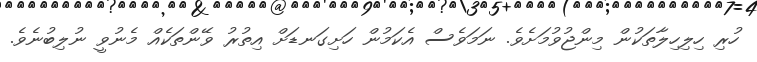
ހުރި ހިލިހިލާތަކުން މިންޖުވުމަށެވެ. ނަމަވެސް އެކަމުން ހަށިގަނޑަށް އިތުރު ވޭންތަކެއް މެނުވީ ނުލިބުނެވެ.